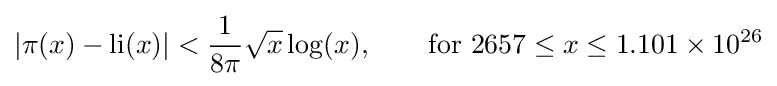
|\pi (x)-\operatorname {li} (x)|<{\frac {1}{8\pi }}{\sqrt {x}}\log(x),\qquad {\text{for }}2657\leq x\leq 1.101\times 10^{26}